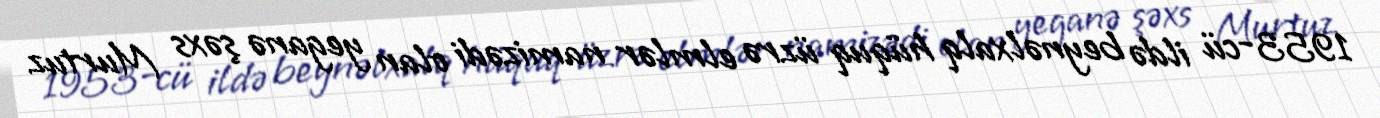
1953-cü ildə beynəlxalq hüquq üzrə elmlər namizədi olan yeganə şəxs Murtuz